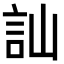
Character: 訕